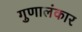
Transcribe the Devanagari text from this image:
गुणालंकार